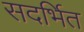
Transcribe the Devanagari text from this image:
सदर्भित